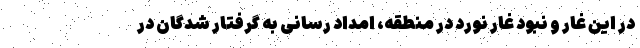
در این غار و نبود غار نورد در منطقه، امداد رسانی به گرفتار شدگان در